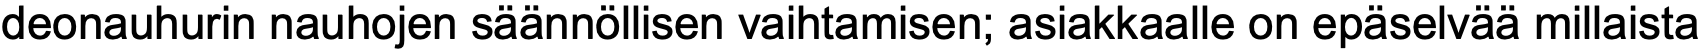
deonauhurin nauhojen säännöllisen vaihtamisen; asiakkaalle on epäselvää millaista